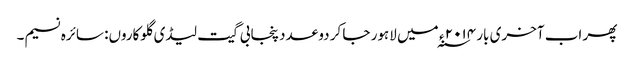
پھر اب آخری بار ۲۰۱۴ ء ؁ میں لاہور جا کر دو عدد پنجابی گیت لیڈی گلوکاروں: سائرہ نسیم۔